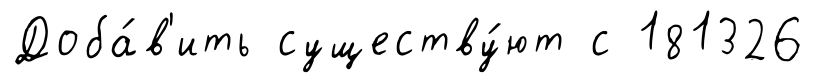
Доба́в'ить существу́ют с 181326